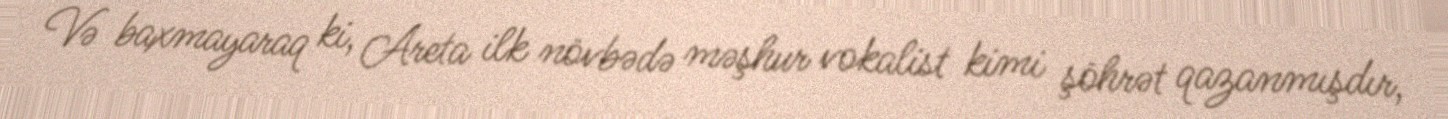
Və baxmayaraq ki, Areta ilk növbədə məşhur vokalist kimi şöhrət qazanmışdır,